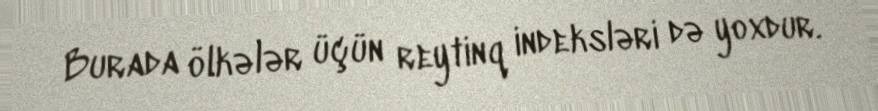
Burada ölkələr üçün reytinq indeksləri də yoxdur.